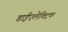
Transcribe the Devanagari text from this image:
डाईएलेक्ट्रिक